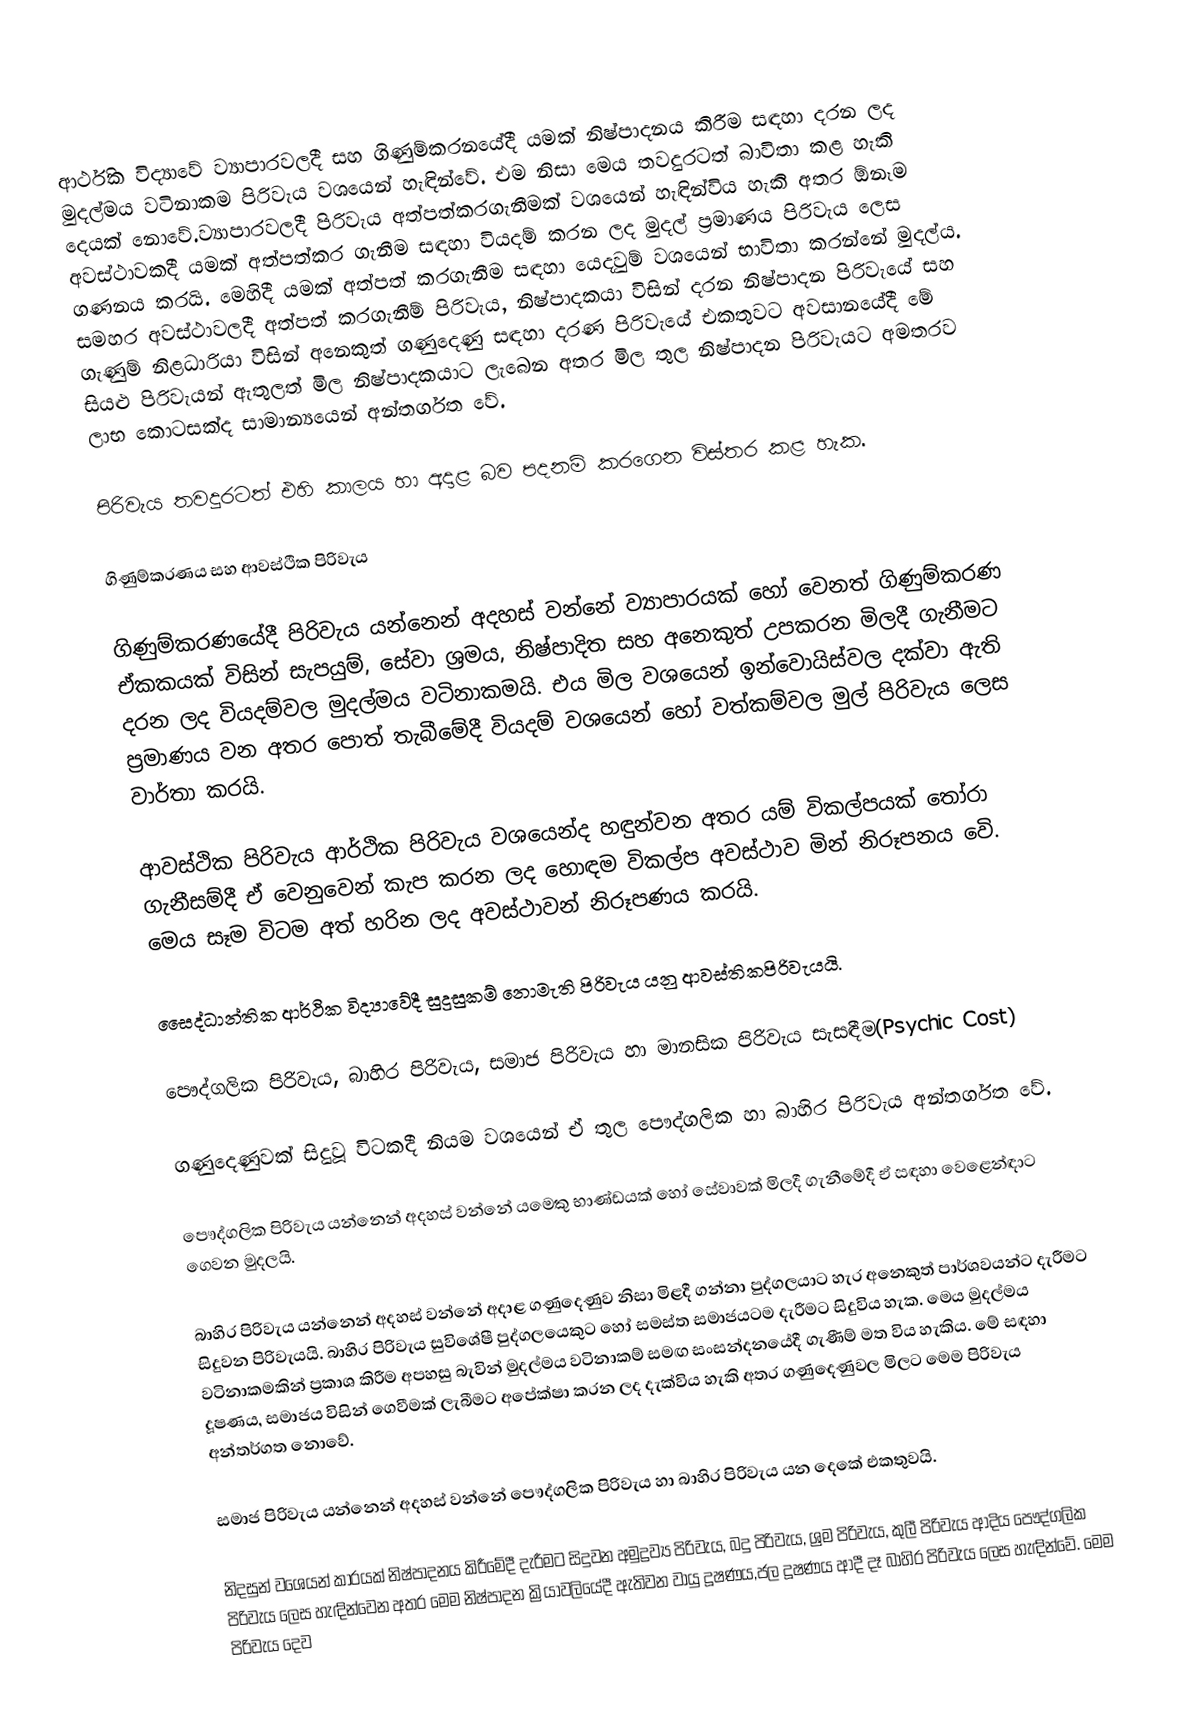
ආර්ථික විද්‍යාවේ ව්‍යාපාරවලදී සහ ගිණුම්කරනයේදී යමක් නිෂ්පාදනය කිරීම සඳහා දරන ලද මුදල්මය වටිනාකම පිරිවැය වශයෙන් හැඳින්වේ. එම නිසා මෙය තවදුරටත් බාවිතා කළ හැකි දෙයක් නොවේ.ව්‍යාපාරවලදී පිරිවැය අත්පත්කරගැනීමක් වශයෙන් හැඳින්විය හැකි අතර ඕනෑම අවස්ථාවකදී යමක් අත්පත්කර ගැනී‍ම සඳහා වියදම් කරන ලද මුදල් ප්‍රමාණය පිරිවැය ලෙස ගණනය කරයි. මෙහිදී ‍යමක් අත්පත් කරගැනීම සඳහා යෙදවුම්  වශයෙන් භාවිතා කරන්නේ මුදල්ය. සමහර අවස්ථාවලදී  අත්පත් කරගැනීම් පිරිවැය, නිෂ්පාදකයා විසින් දරන නිෂ්පාදන පිරිවැයේ සහ ගැණුම් නිළධාරියා විසින් අනෙකුත් ගණුදෙණු සඳහා දරණ පිරිවැයේ එකතුවට අවසානයේදී මේ සියළු පිරිවැයන් ඇතුලත් මිල නිෂ්පාදකයාට ලැබෙන අතර මිල තුල නිෂ්පාදන පිරිවැයට අමතරව ලාභ කොටසක්ද සාමාන්‍යයෙන් අන්තර්ගත වේ.

පිරිවැය තවදුරටත් එහි කාලය හා අදාළ බව පදනම් කරගෙන විස්තර කළ හැක.

ගිණුම්කරණය සහ ආවස්ථික පිරිවැය

ගිණුම්කරණයේදී පිරිවැය යන්නෙන් අදහස් වන්නේ ව්‍යාපාරයක් හෝ වෙනත් ගිණුම්කරණ ඒකකයක් විසින් සැපයුම්, සේවා ශ්‍රමය, නිෂ්පාදිත සහ අනෙකුත් උපකරන මිලදී ගැනීමට දරන ලද වියදම්වල මුදල්මය වටිනාකමයි. එය මිල වශයෙන් ඉන්වොයිස්වල දක්වා ඇති ප්‍රමාණය වන අතර පොත් තැබීමේදී වියදම් වශයෙන් හෝ වත්කම්වල මුල් පිරිවැය ලෙස වාර්තා කරයි.

ආවස්ථික පිරිවැය ආර්ථික පිරිවැය වශයෙන්ද හඳුන්වන අතර යම් විකල්පයක් තෝරා ගැනීසම්දී ඒ වෙනුවෙන් කැප කරන ලද හොඳම විකල්ප අවස්ථාව මින් නිරූපනය වෙි. මෙය සෑම විටම අත් හරින ලද අවස්ථාවන් නිරූපණය කරයි.

සෛද්ධාන්තික ආර්ථික විද්‍යාවේදී සුදුසුකම් නොමැති පිරිවැය යනු ආවස්තිකපිරිවැයයි.

පෞද්ගලික පිරිවැය, බාහිර පිරිවැය, සමාජ පිරිවැය හා මානසික පිරිවැය සැසඳීම(Psychic Cost)

ගණුදෙණුවක් සිදුවූ විටකදී නියම වශයෙන් ඒ තුල පෞද්ගලික හා බාහිර පිරිවැය අන්තර්ගත වේ.

පෞද්ගලික පිරිවැය යන්නෙන් අදහස් වන්නේ යමෙකු භාණ්ඩයක් හෝ සේවාවක් මිලදී ගැනීමේදී ඒ සඳහා වෙළෙන්ඳාට ගෙවන මුදලයි.

බාහිර පිරිවැය යන්නෙන් අදහස් වන්නේ අදාළ ගණුදෙණුව නිසා මිළදී ගන්නා පුද්ගලයාට හැර අනෙකුත් පාර්ශවයන්ට දැරීමට සිදුවන පිරිවැයයි. බාහිර පිරිවැය සුවිශේෂී පුද්ගලයෙකුට හෝ සමස්ත සමාජයටම දැරීමට සිදුවිය හැක. මෙය මුදල්මය වටිනාකමකින් ප්‍රකාශ කිරීම අපහසු බැවින් මුදල්මය වටිනාකම් සමඟ සංසන්දනයේදී ගැණීම් මත විය හැකිය. මේ සඳහා දූෂණය, සමාජය විසින් ගෙවීමක් ලැබීමට අපේක්ෂා කරන ලද දැක්විය හැකි අතර ගණුදෙණුවල මිලට මෙම පිරිවැය අන්තර්ගත නොවේ.

සමාජ පිරිවැය යන්නෙන් අදහස් වන්නේ පෞද්ගලික පිරිවැය හා බාහිර පිරිවැය යන දෙකේ එකතුවයි.

නිදසුන් වශ‍ෙයන් කාරයක් නිෂ්පාදනය කිරීමේදී දැරීමට සිදුවන අමුද්‍රව්‍ය පිරිවැය, බදු පිරිවැය, ශ්‍රම පිරිවැය, කුලී පිරිවැය ආදිය පෞද්ගලික පිරිවැය ලෙස හැඳින්වෙන අතර මෙම නිෂ්පාදන ක්‍රියාවලියේදී ඇතිවන වායු දූෂණය,ජල දූෂණය ආදී දෑ බාහිර පිරිවැය ලෙස හැඳින්වේ. මෙම පිරිවැය දෙව